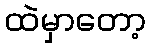
ထဲမှာတော့